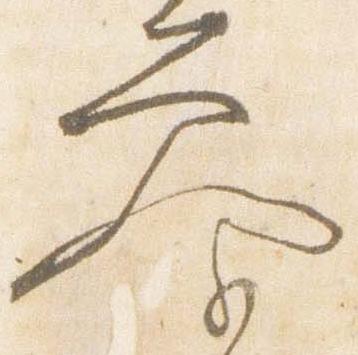
参